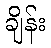
ချိန်း